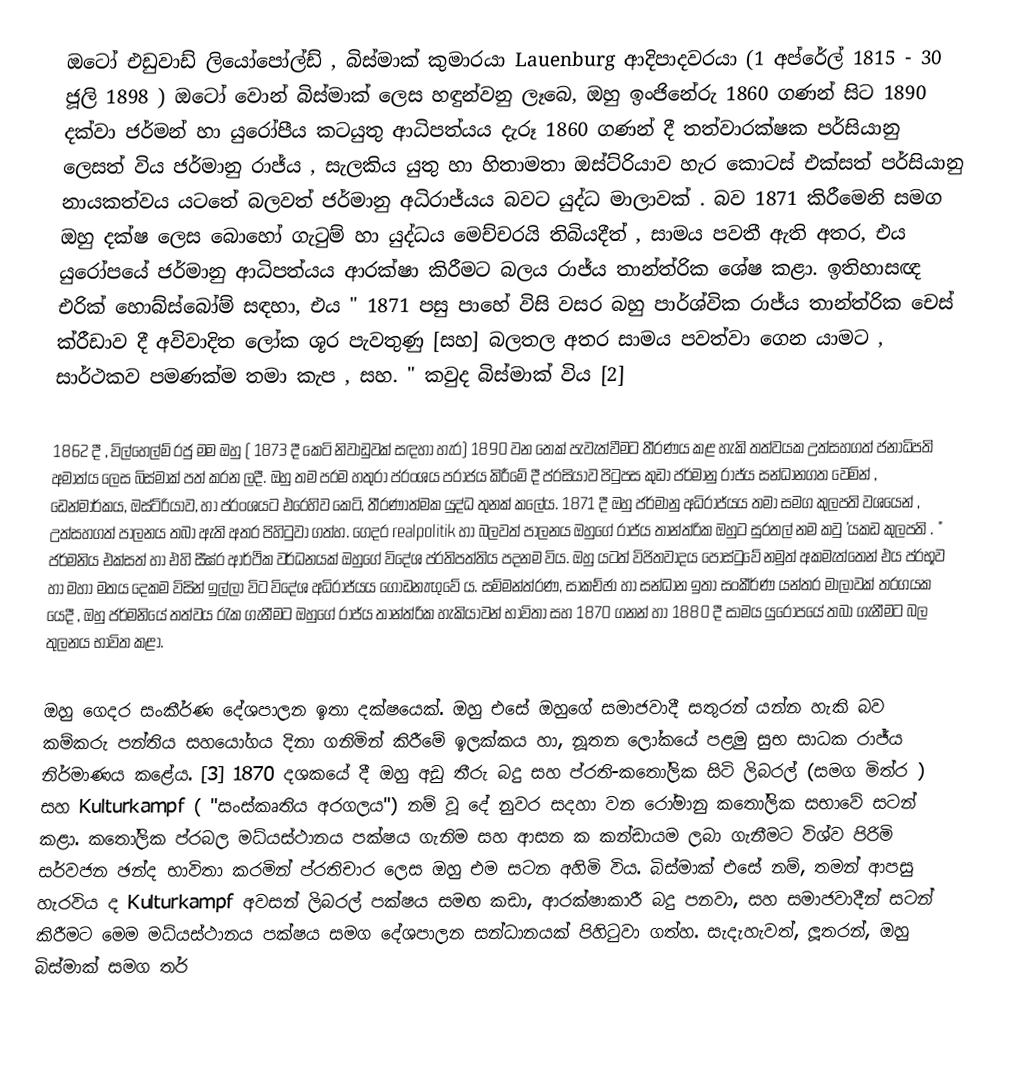
ඔටෝ එඩුවාඩ් ලියෝපෝල්ඩ් , බිස්මාක් කුමාරයා Lauenburg ආදිපාදවරයා (1 අප්රේල් 1815 - 30 ජූලි 1898 ) ඔටෝ වොන් බිස්මාක් ලෙස හඳුන්වනු ලෑබෙ, ඔහු ඉංජිනේරු 1860 ගණන් සිට 1890 දක්වා ජර්මන් හා යුරෝපීය කටයුතු ආධිපත්යය දැරූ 1860 ගණන් දී තත්වාරක්ෂක පර්සියානු ලෙසත් විය ජර්මානු රාජ්ය , සැලකිය යුතු හා හිතාමතා ඔස්ට්රියාව හැර කොටස් එක්සත් පර්සියානු නායකත්වය යටතේ බලවත් ජර්මානු අධිරාජ්යය බවට යුද්ධ මාලාවක් . බව 1871 කිරීමෙනි සමග ඔහු දක්ෂ ලෙස බොහෝ ගැටුම් හා යුද්ධය මෙච්චරයි තිබියදීත් , සාමය පවතී ඇති අතර, එය යුරෝපයේ ජර්මානු ආධිපත්යය ආරක්ෂා කිරීමට බලය රාජ්ය තාන්ත්රික ශේෂ කළා. ඉතිහාසඥ එරික් හොබ්ස්බෝම් සඳහා, එය " 1871 පසු පාහේ විසි වසර බහු පාර්ශ්වික රාජ්ය තාන්ත්රික චෙස් ක්රීඩාව දී අවිවාදිත ලෝක ශූර පැවතුණු [සහ] බලතල අතර සාමය පවත්වා ගෙන යාමට , සාර්ථකව පමණක්ම තමා කැප , සහ. " කවුද බිස්මාක් විය [2]

1862 දී , විල්හෙල්ම් රජු මම ඔහු ( 1873 දී කෙටි නිවාඩුවක් සඳහා හැර) 1890 වන තෙක් පැවැත්වීමට තීරණය කළ හැකි තත්වයක උත්සහගත් ජනාධිපති අමාත්ය ලෙස බිස්මාක් පත් කරන ලදී. ඔහු තම පරම හතුරා ප්රංශය පරාජය කිරීමේ දී ප්රසියාව පිටුපස කුඩා ජර්මානු රාජ්ය සන්ධානගත වෙමින් , ඩෙන්මාර්කය, ඔස්ට්රියාව, හා ප්රංශයට එරෙහිව කෙටි, තීරණාත්මක යුද්ධ තුනක් කලේය. 1871 දී ඔහු ජර්මානු අධිරාජ්යය තමා සමග කුලපති වශයෙන් , උත්සහගත් පාලනය තබා ඇති අතර පිහිටුවා ගත්හ. ගෙදර realpolitik හා බලවත් පාලනය ඔහුගේ රාජ්ය තාන්ත්රික ඔහුට සුරතල් නම කවු 'යකඩ කුලපති . " ජර්මනිය එක්සත් හා එහි සීඝ්ර ආර්ථික වර්ධනයක් ඔහුගේ විදේශ ප්රතිපත්තිය පදනම විය. ඔහු යටත් විජිතවාදය පෝස්ටුවේ නමුත් අකමැත්තෙන් එය ප්රභූව හා මහා මතය දෙකම විසින් ඉල්ලා විට විදේශ අධිරාජ්යය ගොඩනැඟුවේ ය. සම්මන්ත්රණ, සාකච්ඡා හා සන්ධාන ඉතා සංකීර්ණ යන්තර මාලාවක් තරගයක යෙදී , ඔහු ජර්මනියේ තත්වය රැක ගැනීමට ඔහුගේ රාජ්ය තාන්ත්රික හැකියාවන් භාවිතා සහ 1870 ගනන් හා 1880 දී සාමය යුරෝපයේ තබා ගැනීමට බල තුලනය භාවිත කළා.

ඔහු ගෙදර සංකීර්ණ දේශපාලන ඉතා දක්ෂයෙක්. ඔහු එසේ ඔහුගේ සමාජවාදී සතුරන් යන්න හැකි බව කම්කරු පන්තිය සහයෝගය දිනා ගනිමින් කිරීමේ ඉලක්කය හා, නූතන ලෝකයේ පළමු සුභ සාධක රාජ්ය නිර්මාණය කළේය. [3] 1870 දශකයේ දී ඔහු අඩු තීරු බදු සහ ප්රති-කතෝලික සිටි ලිබරල් (සමග මිත්ර ) සහ Kulturkampf ( "සංස්කෘතිය අරගලය") නම් වූ දේ නුවර සදහා වන රෝමානු කතෝලික සභාවේ සටන් කළා. කතෝලික ප්රබල මධ්යස්ථානය පක්ෂය ගැනිම සහ ආසන ක කන්ඩායම ලබා ගැනීමට විශ්ව පිරිමි සර්වජන ඡන්ද භාවිතා කරමින් ප්රතිචාර ලෙස ඔහු එම සටන අහිමි විය. බිස්මාක් එසේ නම්, තමන් ආපසු හැරවිය ද Kulturkampf අවසන් ලිබරල් පක්ෂය සමඟ කඩා, ආරක්ෂාකාරී බදු පනවා, සහ සමාජවාදීන් සටන් කිරීමට මෙම මධ්යස්ථානය පක්ෂය සමග දේශපාලන සන්ධානයක් පිහිටුවා ගත්හ. සැදැහැවත්, ලූතරන්, ඔහු බිස්මාක් සමග තර්